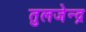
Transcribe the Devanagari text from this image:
तुलजेन्द्र